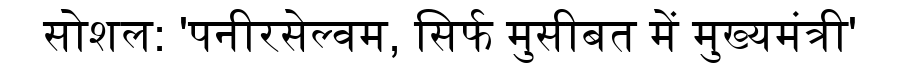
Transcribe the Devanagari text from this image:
सोशल: 'पनीरसेल्वम, सिर्फ मुसीबत में मुख्यमंत्री'